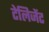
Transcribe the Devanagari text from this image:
टेलिजेंट